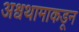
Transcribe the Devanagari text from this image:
अश्वथामाकडून